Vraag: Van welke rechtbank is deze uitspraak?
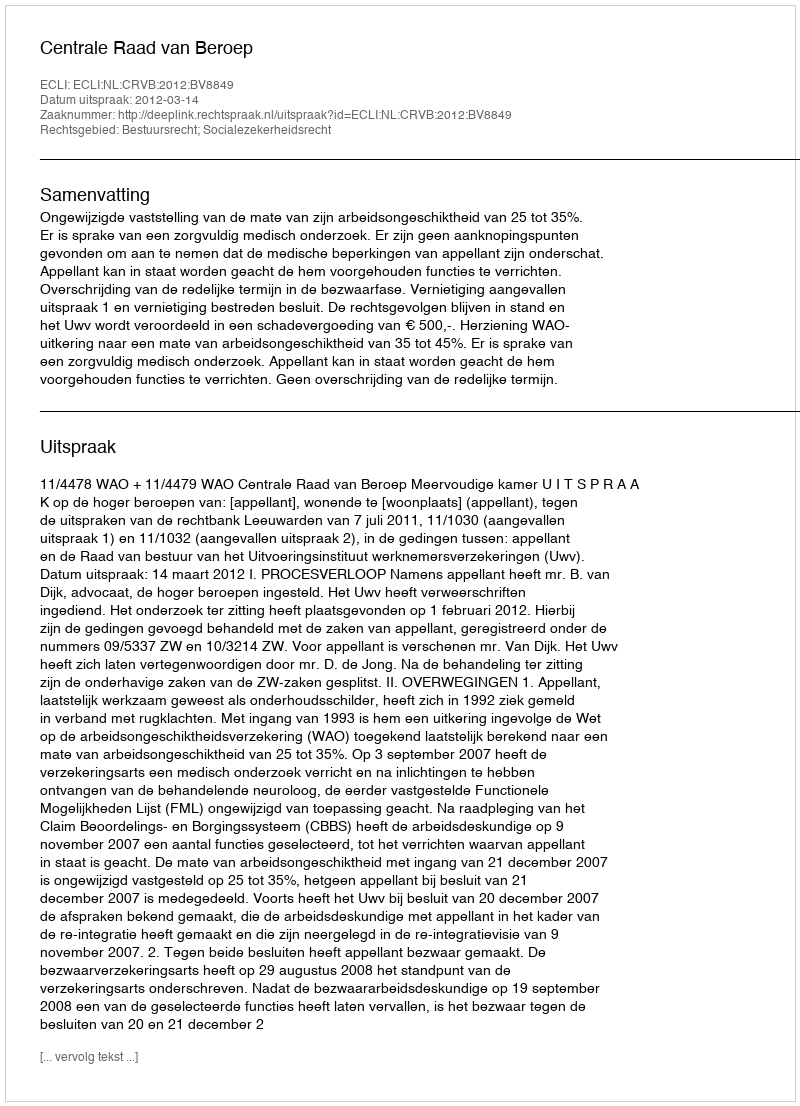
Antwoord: Centrale Raad van Beroep